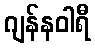
ဂျန်နဝါရီ